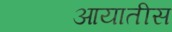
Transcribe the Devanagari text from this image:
आयातीस